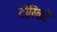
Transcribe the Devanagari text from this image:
टोरिको